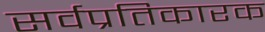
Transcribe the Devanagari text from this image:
सर्वप्रतिकारक